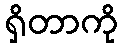
ရှိတာကို